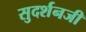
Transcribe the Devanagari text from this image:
सुदर्शनजी